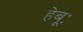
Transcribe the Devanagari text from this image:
हेबूः